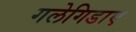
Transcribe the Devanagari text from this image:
गलेगिडाए